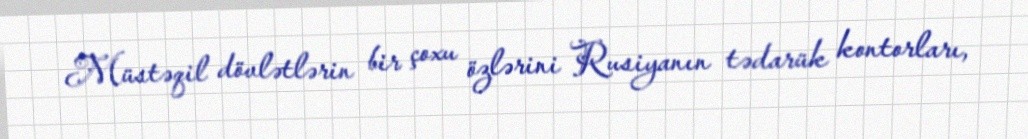
Müstəqil dövlətlərin bir çoxu özlərini Rusiyanın tədarük kontorları,